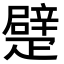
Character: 𤴣